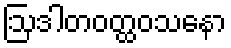
ဩဒါတဝတ္ထဝသနော